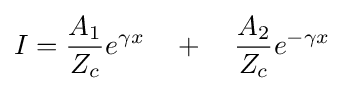
I={\frac {A_{1}}{Z_{c}}}e^{\gamma x}\quad +\quad {\frac {A_{2}}{Z_{c}}}e^{-\gamma x}